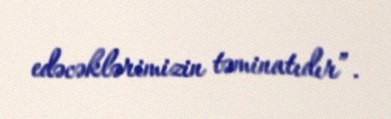
edəcəklərimizin təminatıdır”.